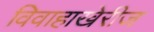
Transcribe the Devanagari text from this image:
विवाहाखेरीज